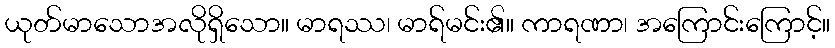
ယုတ်မာသောအလိုရှိသော။ မာရဿ၊ မာရ်မင်း၏။ ကာရဏာ၊ အကြောင်းကြောင့်။